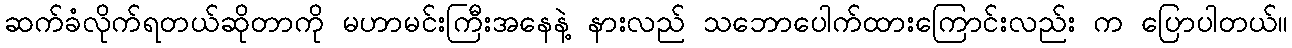
ဆက်ခံလိုက်ရတယ်ဆိုတာကို မဟာမင်းကြီးအနေနဲ့ နားလည် သဘောပေါက်ထားကြောင်းလည်း က ပြောပါတယ်။